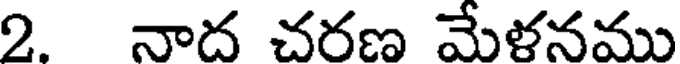
2. నాద చరణ మేళనము